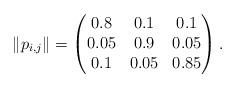
LaTeX: \begin{align*}\|p_{i, j}\| = \begin{pmatrix}0.8 & 0.1 & 0.1\\0.05 & 0.9 & 0.05\\0.1 & 0.05 & 0.85\end{pmatrix}.\end{align*}